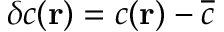
\delta c ( { \bf r } ) = c ( { \bf r } ) - \overline { { c } }